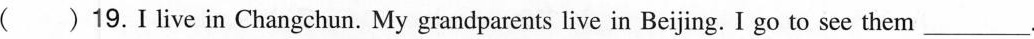
( )19.I live in Changchun. My grandparents live in Beijing. I go to see them___.